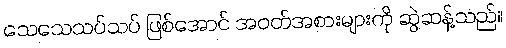
သေသေသပ်သပ် ဖြစ်အောင် အဝတ်အစားများကို ဆွဲဆန့်သည်။